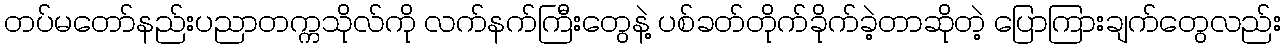
တပ်မတော်နည်းပညာတက္ကသိုလ်ကို လက်နက်ကြီးတွေနဲ့ ပစ်ခတ်တိုက်ခိုက်ခဲ့တာဆိုတဲ့ ပြောကြားချက်တွေလည်း